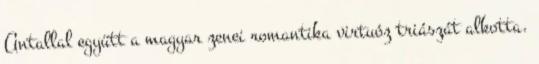
Antallal együtt a magyar zenei romantika virtuóz triászát alkotta.